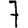
Digit: 7